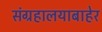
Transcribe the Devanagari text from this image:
संग्रहालयाबाहेर